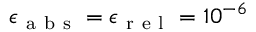
\epsilon _ { \mathrm { ~ a ~ b ~ s ~ } } = \epsilon _ { \mathrm { ~ r ~ e ~ l ~ } } = 1 0 ^ { - 6 }